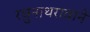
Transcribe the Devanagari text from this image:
रघुनाथरावाने